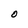
Character: O